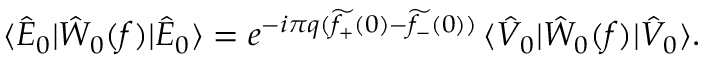
\langle \hat { E } _ { 0 } | \hat { W } _ { 0 } ( f ) | \hat { E } _ { 0 } \rangle = e ^ { - i \pi q ( \widetilde { f _ { + } } ( 0 ) - \widetilde { f _ { - } } ( 0 ) ) } \, \langle \hat { V } _ { 0 } | \hat { W } _ { 0 } ( f ) | \hat { V } _ { 0 } \rangle .